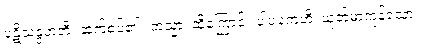
ပဋိသန္ဒဟတိ၊ ဆက်စပ်၏။ တသ္မာ၊ ထိုကြောင့်။ ပါပကေဟိ၊ ယုတ်မာကုန်သော။